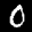
Label: 0